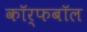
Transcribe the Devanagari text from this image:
कॉर्फबॉल